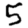
Digit: 5